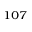
^ { 1 0 7 }